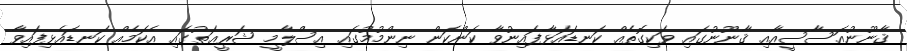
ޤާނޫނުއަސާސީއާއި ޤާނޫނުގައި ވަކިގޮތެއް ކަނޑައަޅާފައިނުވާ ކަންކަން ނިންމުމުގައި އިސްލާމީ ޝަރީޢަތުގައި އެކަމެއް ކަނޑައެޅިފައިވާ